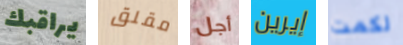
يراقبك مقلق أجل إيرين لكمت